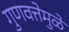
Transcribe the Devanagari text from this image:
गुणवत्तेमुळे